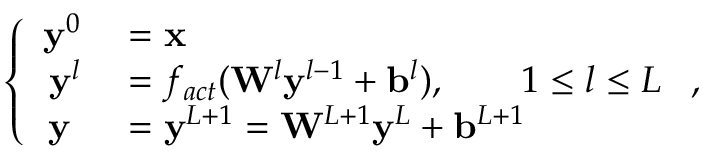
\left\{ \begin{array} { r l } { \mathbf { y } ^ { 0 } } & { { } = \mathbf { x } } \\ { \mathbf { y } ^ { l } } & { { } = f _ { a c t } ( \mathbf { W } ^ { l } \mathbf { y } ^ { l - 1 } + \mathbf { b } ^ { l } ) , \qquad 1 \le l \le L } \\ { \mathbf { y } \; } & { { } = \mathbf { y } ^ { L + 1 } = \mathbf { W } ^ { L + 1 } \mathbf { y } ^ { L } + \mathbf { b } ^ { L + 1 } } \end{array} \right. ,